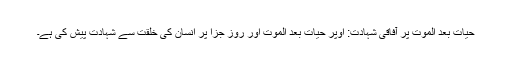
حیات بعد الموت پر آفاقی شہادت: اوپر حیات بعد الموت اور روز جزا پر انسان کی خلقت سے شہادت پیش کی ہے۔